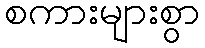
စကားများစွာ